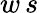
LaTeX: w\, s